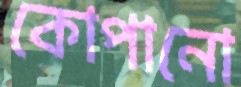
কোপানো